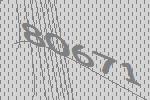
80671